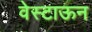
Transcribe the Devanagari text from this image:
वेस्टाऊन